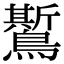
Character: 𪆗